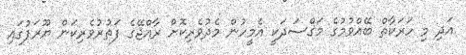
އަދި މި ހަރަކާތް ބޭއްވުމުގެ މަގްސަދަކީ އެމީހުން މެދުވެރިކޮށް ރާއްޖޭގެ ފަތުރުވެރިކަން ޔޫރަޕުގައި